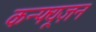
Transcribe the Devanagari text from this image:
कन्फ्यूज़न